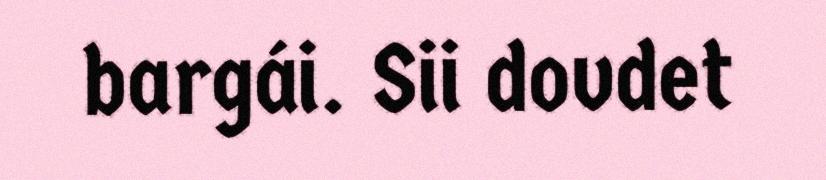
bargái. Sii dovdet